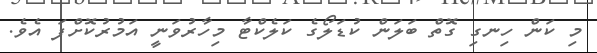
މި ކަން ހިނގި ގޮތް ބަލަން ކުޑަލޯގެ ކަލެކްޓާ މިހާރުވަނީ އަމުރުކޮށްފަ އެވެ.